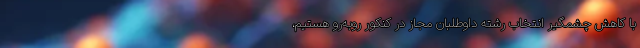
با کاهش چشمگیر انتخاب رشته داوطلبان مجاز در کنکور روبه‌رو هستیم،